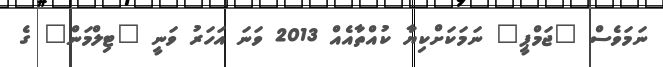
ނަމަވެސް "ޖަމްޕީ" ނަމަކަށްކިޔާ ކުއްތާއެއް 2013 ވަނަ އަހަރު ވަނީ "ޓިލްމަން" ގެ